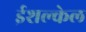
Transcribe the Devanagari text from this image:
ईशल्केल